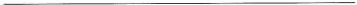
_______________________